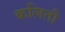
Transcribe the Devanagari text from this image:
कलितौ